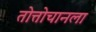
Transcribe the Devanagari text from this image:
तोत्तोचानला